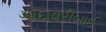
ગોદાવરીબાઈ